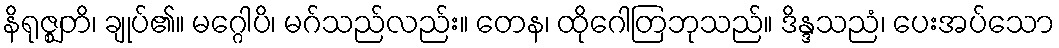
နိရုဇ္ဈတိ၊ ချုပ်၏။ မဂ္ဂေါပိ၊ မဂ်သည်လည်း။ တေန၊ ထိုဂေါတြဘုသည်။ ဒိန္ဒသညံ၊ ပေးအပ်သော